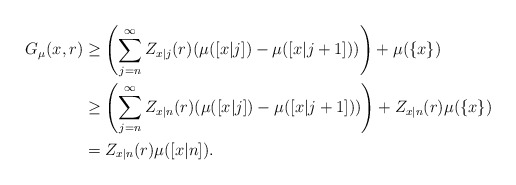
\begin{align*}G_\mu(x,r)&\geq \left(\sum_{j=n}^\infty Z_{x|j}(r) (\mu([x|j])-\mu([x|j+1]))\right)+\mu(\{x\})\\&\geq \left(\sum_{j=n}^\infty Z_{x|n}(r) (\mu([x|j])-\mu([x|j+1]))\right)+Z_{x|n}(r)\mu(\{x\})\\&= Z_{x|n}(r)\mu([x|n]).\end{align*}